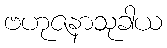
ဗဟုဇနာသုခါယ